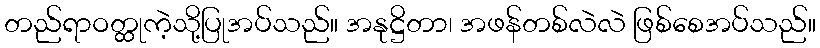
တည်ရာဝတ္ထုကဲ့သို့ပြုအပ်သည်။ အနုဋ္ဌိတာ၊ အဖန်တစ်လဲလဲ ဖြစ်စေအပ်သည်။